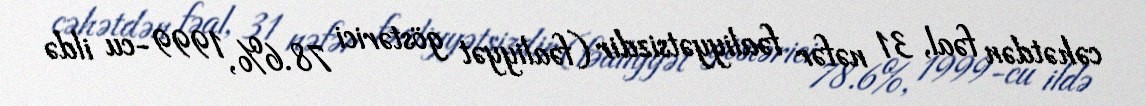
cəhətdən fəal, 31 nəfər fəaliyyətsizdir (fəaliyyət göstərici 78.6%, 1999-cu ildə